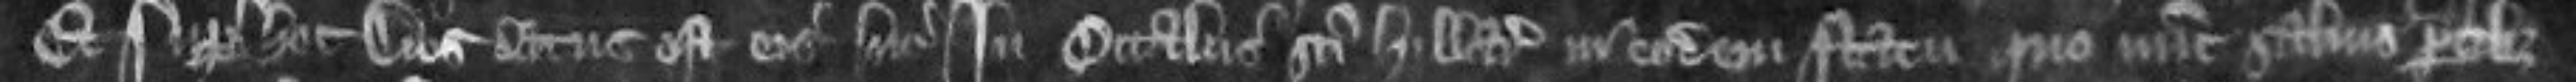
Et super hoc dies datus est eis hic in octabis Sancti Hillarii in eodem statu quo nunc salvis partibus